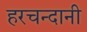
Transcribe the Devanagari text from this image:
हरचन्दानी